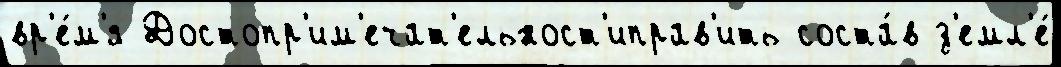
вр'е́м'я Достопр'им'ечат'ельност'иправ'ить соста́в з'емл'е́